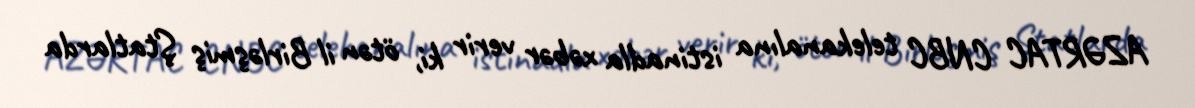
AZƏRTAC CNBC telekanalına istinadla xəbər verir ki, ötən il Birləşmiş Ştatlarda